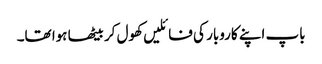
باپ اپنے کاروبار کی فائلیں کھول کر بیٹھا ہوا تھا۔